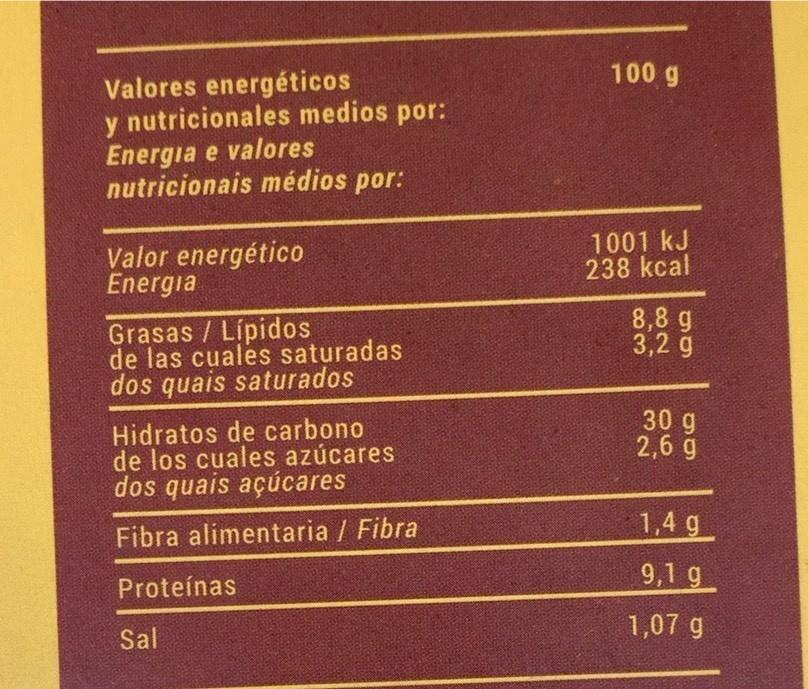
100 g
Valores energéticos y nutricionales medios por: Energia e valores nutricionais médios por:
Valor energético Energia
1001 kJ 238 kcal
8,8 g 3,2 g
Grasas / Lípidos de las cuales saturadas dos quais saturados
Hidratos de carbono de los cuales azúcares dos quais açúcares
30 g 2,6 g
Fibra alimentaria / Fibra
1,4 g
9,1 g
Proteínas
1,07 g
Sal